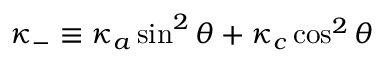
\kappa _ { - } \equiv \kappa _ { a } \sin ^ { 2 } \theta + \kappa _ { c } \cos ^ { 2 } \theta